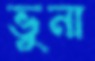
ভুনা